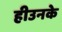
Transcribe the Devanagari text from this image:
हीउनके